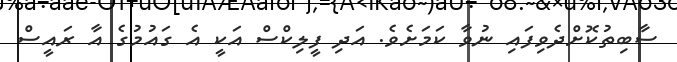
ސާބިތުކޮށްދެވިފައި ނުވާ ކަމަށެވެ. އަދި ފީލިކްސް އަކީ އެ ގައުމުގެ އާ ރައީސް